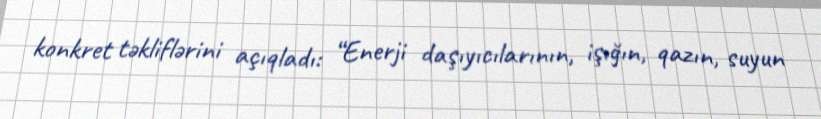
konkret təkliflərini açıqladı: “Enerji daşıyıcılarının, işığın, qazın, suyun